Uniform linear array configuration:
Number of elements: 48
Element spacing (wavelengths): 0.25
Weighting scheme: kaiser
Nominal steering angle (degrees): -45
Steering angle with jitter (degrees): -45.327
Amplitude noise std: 0.05
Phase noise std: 0.05

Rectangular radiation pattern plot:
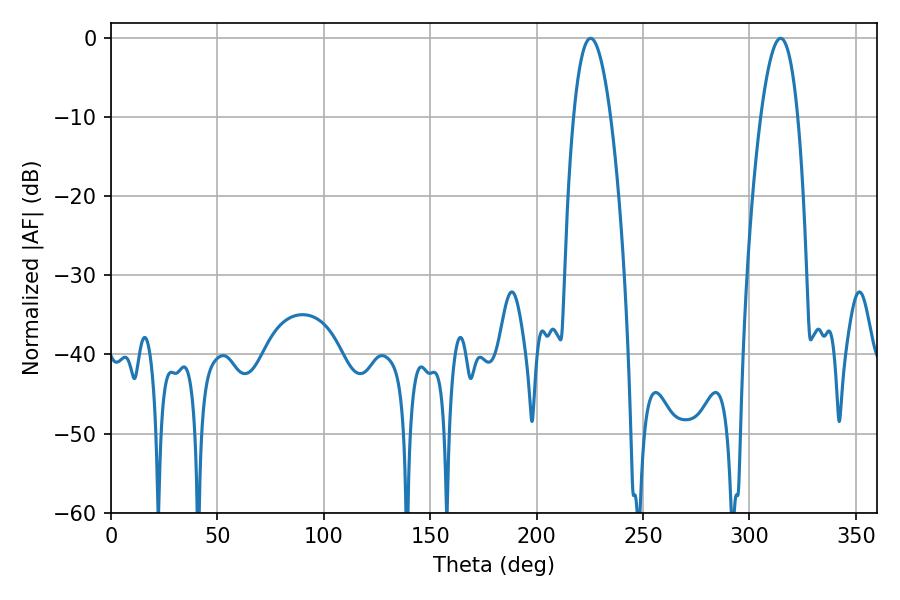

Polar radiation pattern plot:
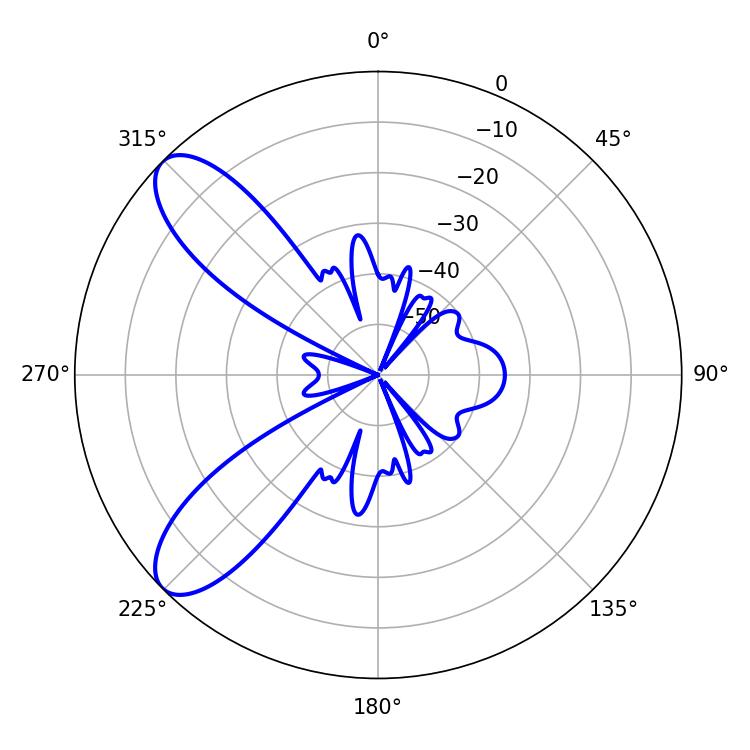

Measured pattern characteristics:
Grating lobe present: FALSE
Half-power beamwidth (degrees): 9.54
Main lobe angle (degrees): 225.36